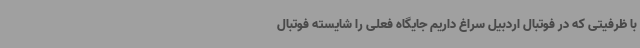
با ظرفیتی که در فوتبال اردبیل سراغ داریم جایگاه فعلی را شایسته فوتبال